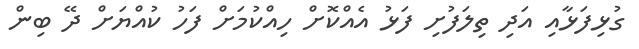
ގުޅިފަޅާއި އަދި ތިލަފުށި ފަޅު އެއްކޮށް ހިއްކުމަށް ފަހު ކުއްޔަށް ދޭ ބިން